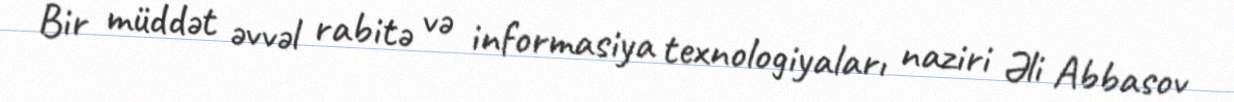
Bir müddət əvvəl rabitə və informasiya texnologiyaları naziri Əli Abbasov